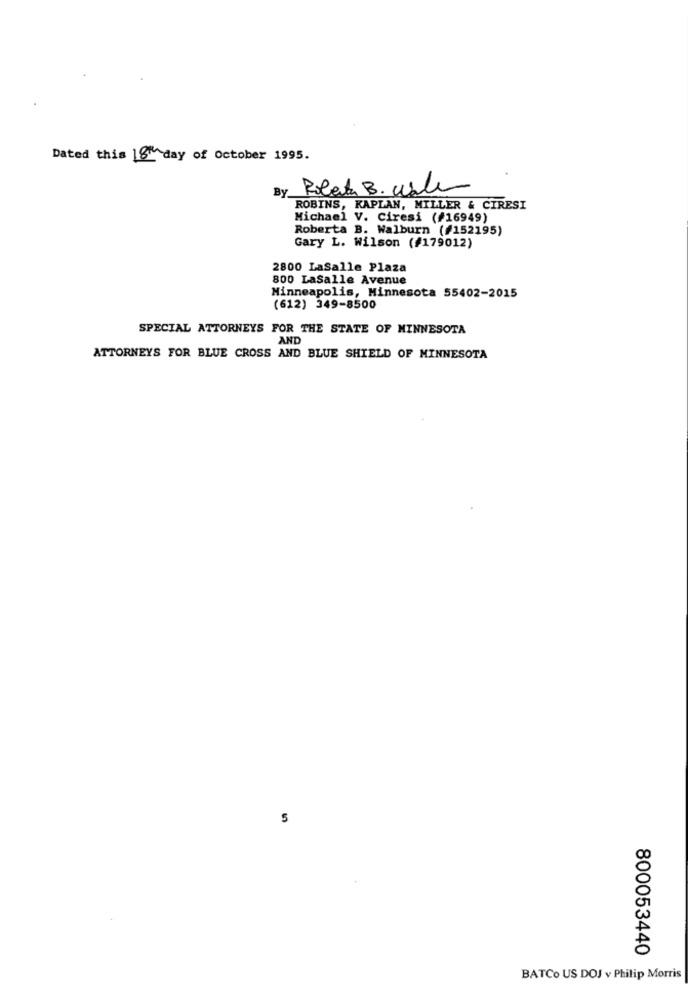
Dated this 18th day of October 1995.
By
Roberta B. wale
ROBINS, KAPLAN, MILLER & CIRESI
Michael V. Ciresi (#16949)
Roberta B. Walburn (#152195)
Gary L. Wilson (#179012)
2800 LaSalle Plaza
800 LaSalle Avenue
Minneapolis, Minnesota 55402-2015
(612) 349-8500
SPECIAL ATTORNEYS FOR THE STATE OF MINNESOTA
AND
ATTORNEYS FOR BLUE CROSS AND BLUE SHIELD OF MINNESOTA
5
800053440
BATCo US DOJ v Philip Morris